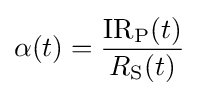
\alpha (t)={\frac {{\mathrm {IR} }_{\mathrm {P} }(t)}{R_{\mathrm {S} }(t)}}